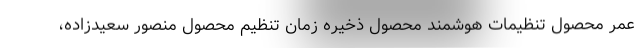
عمر محصول تنظیمات هوشمند محصول ذخیره زمان تنظیم محصول منصور سعیدزاده،